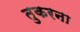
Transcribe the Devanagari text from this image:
तुकरना